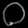
Digit: ၀